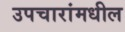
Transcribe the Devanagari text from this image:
उपचारांमधील